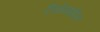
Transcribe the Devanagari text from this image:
लिमेनाइटिस